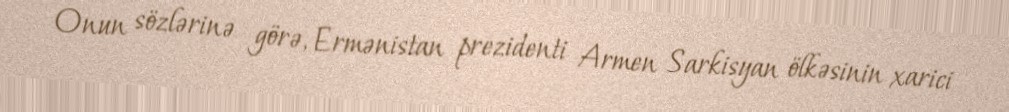
Onun sözlərinə görə, Ermənistan prezidenti Armen Sarkisyan ölkəsinin xarici